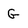
Character: G